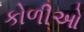
કોળીઓ